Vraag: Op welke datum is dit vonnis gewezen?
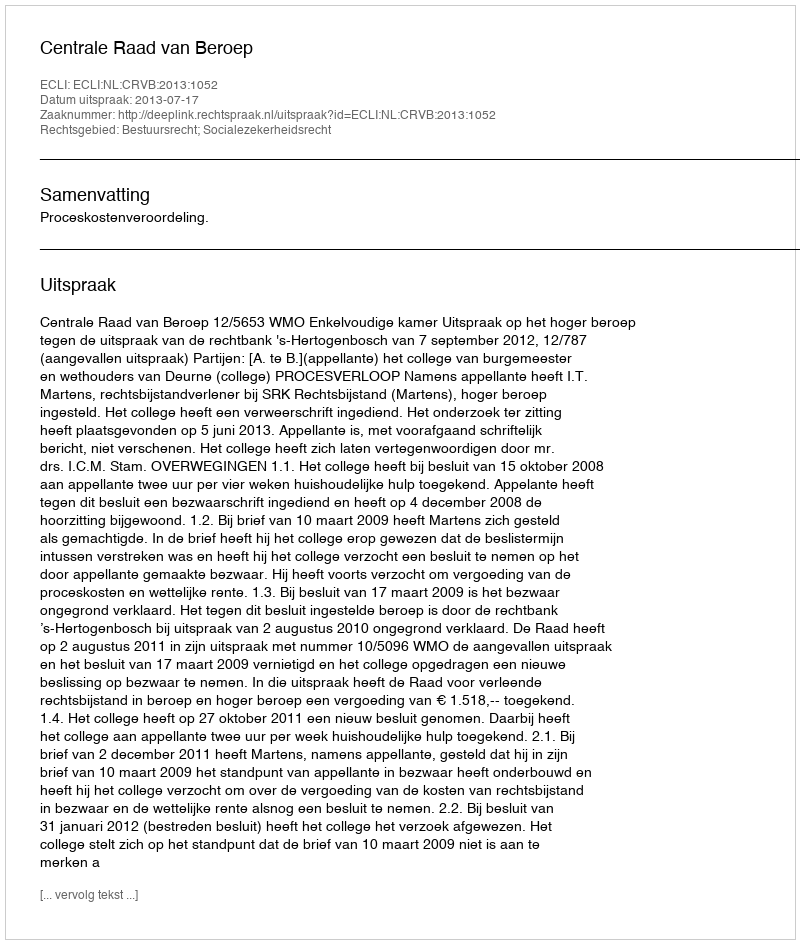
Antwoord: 2013-07-17